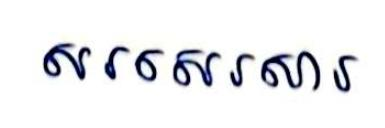
សរសេរសារ